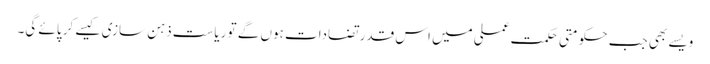
ویسے بھی جب حکومتی حکمتِ عملی میں اس قدر تضادات ہوں گے تو ریاست ذہن سازی کیسے کر پائے گی۔